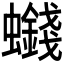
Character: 𮕒